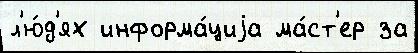
л'ю́д'ях информа́циjа ма́ст'ер за